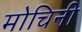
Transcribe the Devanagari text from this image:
मोचिनी